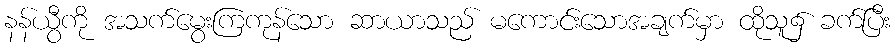
နန်ယွီကို အသက်မွေးကြကုန်သော ဆာယာသည် မကောင်းသောအချက်မှာ ထိုသူ၌ ခက်ပြီး